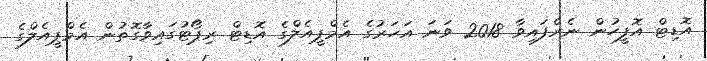
އޮޑިޓް އޮފީހުން ނެރެފައިވާ 2018 ވަނަ އަހަރުގެ އެމްޕީއެލްގެ އޮޑިޓް ރިޕޯޓުގައިވާގޮތުން އެމްޕީއެލްގެ